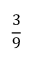
\frac { 3 } { 9 }